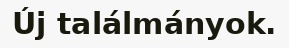
Új találmányok.